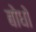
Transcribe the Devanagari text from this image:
बोधो